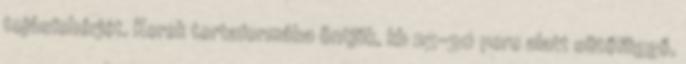
tojásfehérjét. Kerek tortaformába öntjük, kb 25-30 perc alatt sütőfüggő,